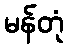
မန်တုံ